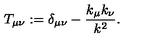
T _ { \mu \nu } : = \delta _ { \mu \nu } - \frac { k _ { \mu } k _ { \nu } } { k ^ { 2 } } .